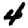
Digit: 4